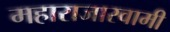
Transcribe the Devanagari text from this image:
महाराजास्‍वामी